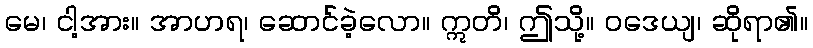
မေ၊ ငါ့အား။ အာဟရ၊ ဆောင်ခဲ့လော။ ဣတိ၊ ဤသို့။ ဝဒေယျ၊ ဆိုရာ၏။